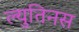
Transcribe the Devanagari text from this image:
ल्युतिनस